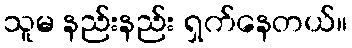
သူမ နည်းနည်း ရှက်နေတယ်။